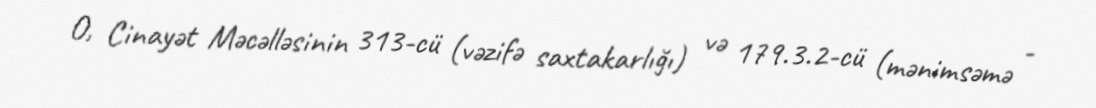
O, Cinayət Məcəlləsinin 313-cü (vəzifə saxtakarlığı) və 179.3.2-cü (mənimsəmə -